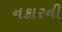
નકારની